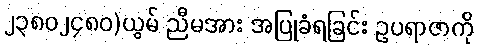
၂၃၈၀၂၄၈၀)ယွမ် ညီမအား အပြုခံရခြင်း ဥပရာဇာကို